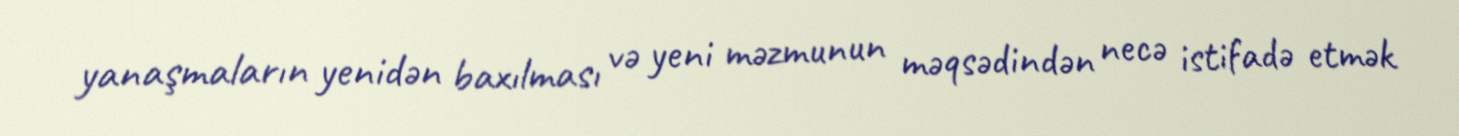
yanaşmaların yenidən baxılması və yeni məzmunun məqsədindən necə istifadə etmək